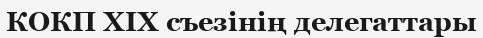
КОКП XIX съезінің делегаттары